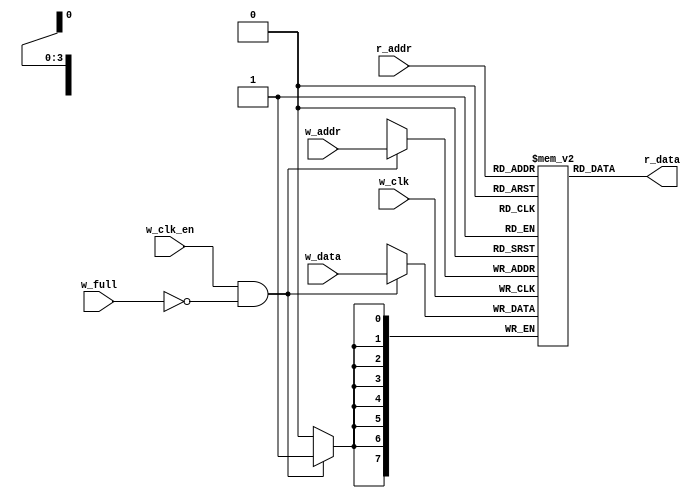
module ram #(parameter  DATA_BITS = 8,  // meory data word witdth 
              parameter ADDR_BITS = 4)// no of ram adress
            ( output[DATA_BITS-1:0] r_data, // data read line 
              input [DATA_BITS-1:0] w_data, // data write line
              input [ADDR_BITS-1:0] w_addr,r_addr, // w adrress
              input                w_clk_en , w_full ,w_clk);   // clk and enable for write 

              localparam fifo_depth = 1<<ADDR_BITS ;

reg[DATA_BITS-1:0] ram [0:fifo_depth-1];

assign r_data = ram[r_addr];

always@(posedge w_clk)
  if(w_clk_en && !w_full) ram[w_addr] <= w_data;
endmodule